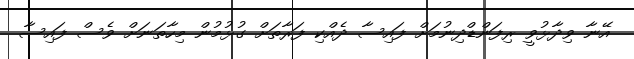
އޭނާ ވިދާޅުވީ ރިފަންޑްދިނުމަށް ފައިސާ ދެއްކި ފަރާތަށް ގުޅުމުން މިހާތަނަށް ވެސް ފައިސާ